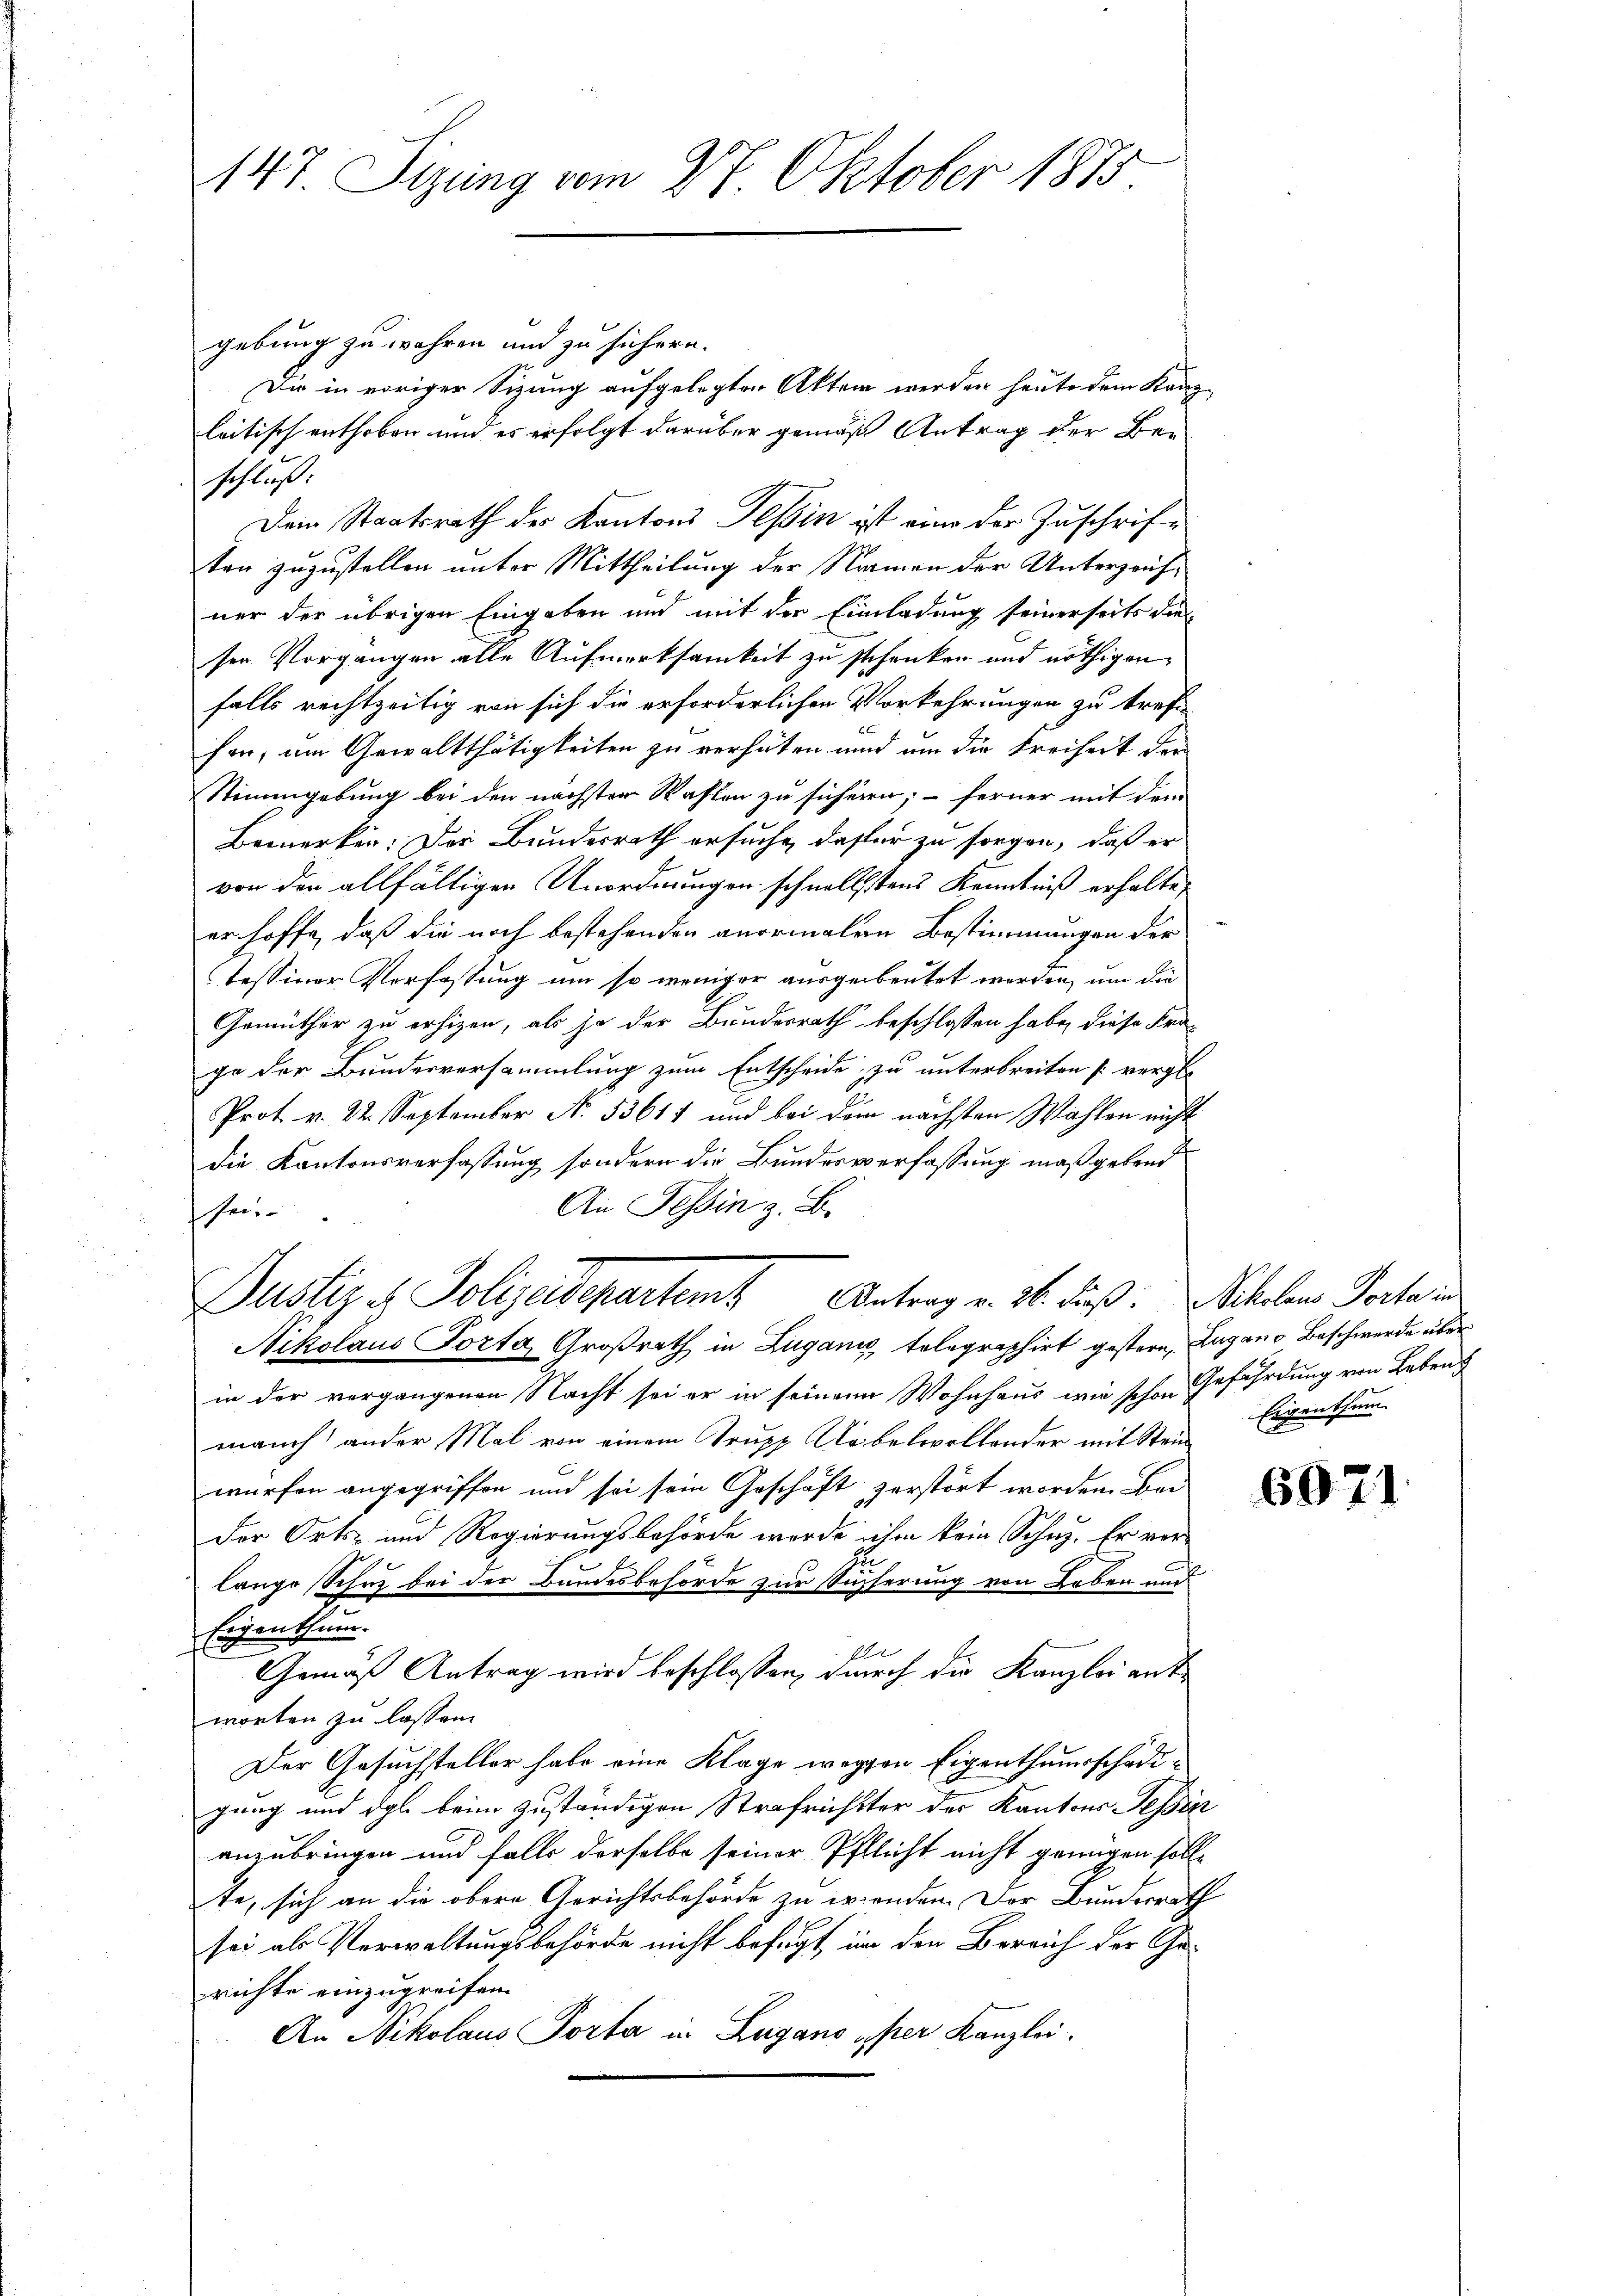
147. Sizung vom 27. Oktober 1875

gebung zu wahren und zu sichern.
Die in voriger Sitzung aufgelegten Akten werden heute dem Kanzleitisch enthoben und es erfolgt darüber gemäß Antrag der Be-
schluß:
Dem Staatsrath der Kantons Tessin ist eine der Zuschriften zuzustellen unter Mittheilung der Namen der Unterzeichner der übrigen Eingaben und mit der Einladung seinerseits die
sen Vorgangen alle Aufmerksamkeit zu schenken und nöthigen
falls rechtzeitig von sich die erforderlichen Vorkehrungen zu treff
fon, im Gewaltthätigkeiten zu verhüten und um die Freiheit der
Stimmgebung bei den nächsten Staffen zu sicheren; - ferner mit dem
Bemerken. Der Bundesrath ersuche, dasser zu sorgen, daß er
von der allfälligen Unordnungen schnellstens Kenntniß erhalte,
er hoffe, daß die noch bestehenden anormalen Bestimmungen der
Tessiner Verfassung um so weniger ausgebeutet werden, um die
Gemüther zu erhizen, als so der Bundesrath beschlossen habe, diese Frage der Bundesversammlung zum Entscheide zu unterbreiten vergle
Prot v. 22. September N. 53611 und bei dem nächsten Wahlen nicht
die Kantonsverfassung sondern die Bundesverfassung maßgebend
An Tessin z. B.
sei.
Justiz - Polizeidepartamt Antrag v. 26. daß: Schelen Porte in
Nikolaus Porta, Großrath in Zugani, telegraphirt gestern, Zugano Beschwerde über
in der vergangenen Nacht sei er in seinem Wohnhaus wie schon Gefährdung von Lebens
manch ander Mal von einem Trupp Uebelvollender mit Stein
würfen angegriffen und sei sein Geschäft zerstört worden. Bei
Der Orts- und Regierungsbehörde werde ihm kein Schuz. Er ver¬
.
lange Schne bei der Bandesbehörde zur Sucherung von Leben und
Eigen thue.
1
Gemäß Antrag wird beschlossen, durch die Kanzlei antworten zu lassen.
Der Gesuchsteller habe eine Klage wegen Eigenthumsschädigung und dgl. beim zuständigen Strafrichtter der Kantons Tesser
anzubringen und falls derselbe seiner Pfflicht nicht genügen soll.
te, sich an die obere Gerichtsbehörde zu irenden. Der Bunderrat
sei als Verwaltungsbehörde nicht befugt, im den Bereich der Gerichte einzugreifen.
An Nikolaus Porta in Lugano eser Kanzlei.

Eigenthum.

6971